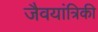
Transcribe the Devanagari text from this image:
जैवयांत्रिकी